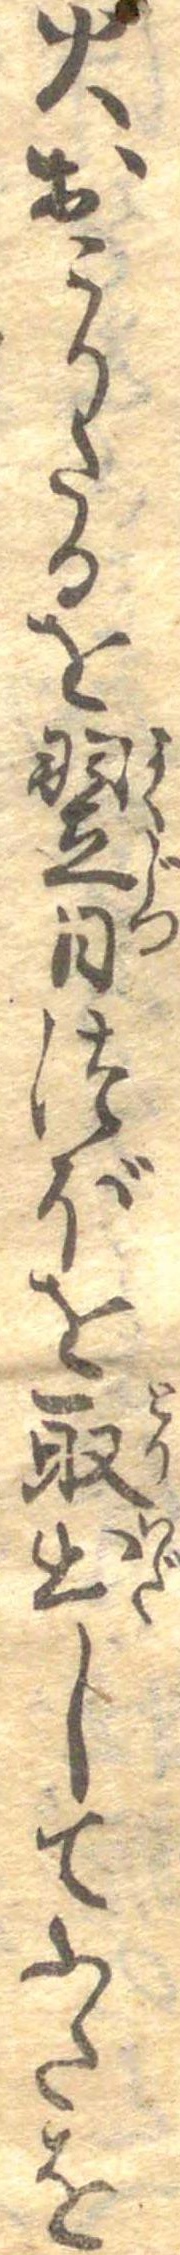
火おこりたるを翌日つぼを取出してふたを